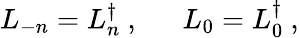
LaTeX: L_{-n}=L_{n}^{\dagger}~,~~~~~~L_{0}=L_{0}^{\dagger}~,